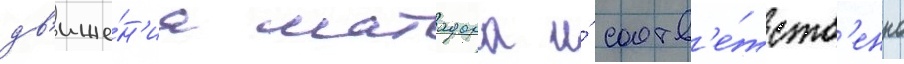
дв'иже́н'иа матадора и́ соотв'е́тств'енно